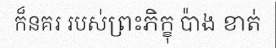
ក៏នគរ របស់ព្រះភិក្ខុ ប៉ាង ខាត់